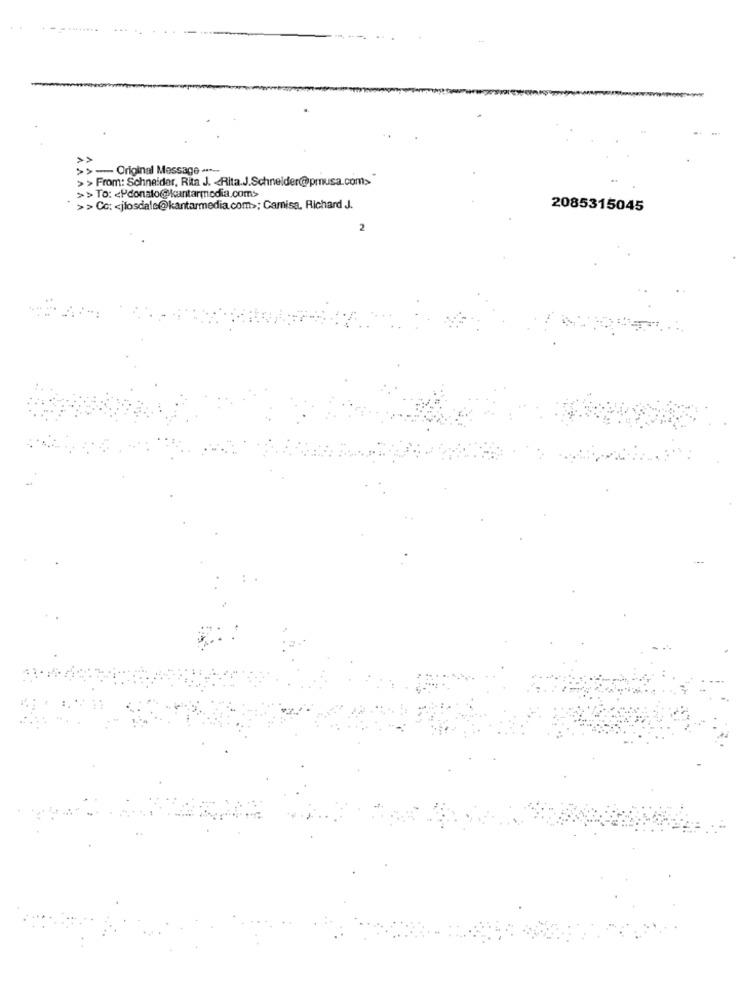
>>- Original Message-
> > From: Schneider, Rita J. < Rita.J.Schneider@pmusa.com>
>> To: < Pdonato@kantarmedia.com>
>> Co; < jlosdale@kantarmedia.com>; Camisa, Richard J.
2085315045
2